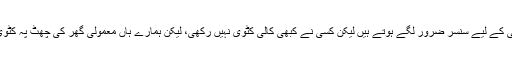
سو سو منزلہ پلازہ کے اوپرآسمانی بجلی کے لیے سنسر ضرور لگے ہوتے ہیں لیکن کسی نے کبھی کالی کٹوی نہیں رکھی، لیکن ہمارے ہاں معمولی گھر کی چھٹ پہ کٹوی رکھ دیتے ہیں کہ نظر لگ جائے گی۔